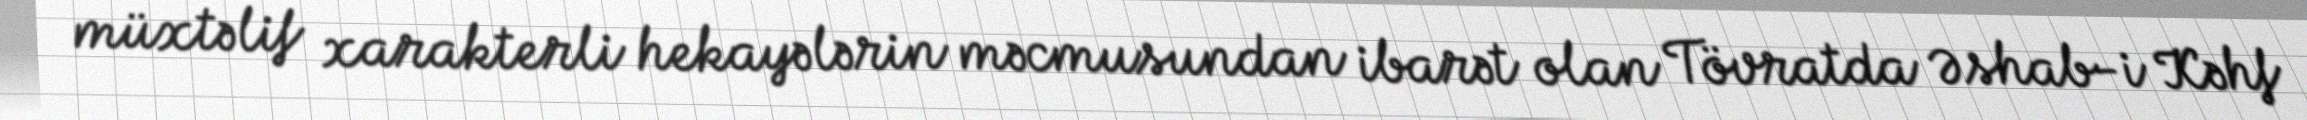
müxtəlif xarakterli hekayələrin məcmusundan ibarət olan Tövratda Əshab-i Kəhf